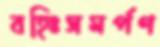
বহিঃসমর্পণ